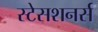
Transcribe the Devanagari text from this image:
स्टेसशनर्स